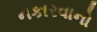
નકારવાનો